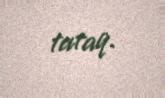
tutaq.